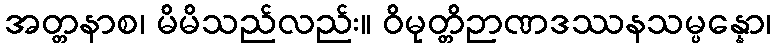
အတ္တနာစ၊ မိမိသည်လည်း။ ဝိမုတ္တိဉာဏဒဿနသမ္ပန္နော၊